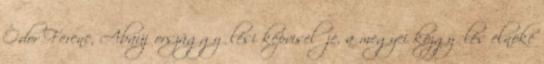
Ódor Ferenc, Abaúj országgyűlési képviselője, a megyei közgyűlés elnöke